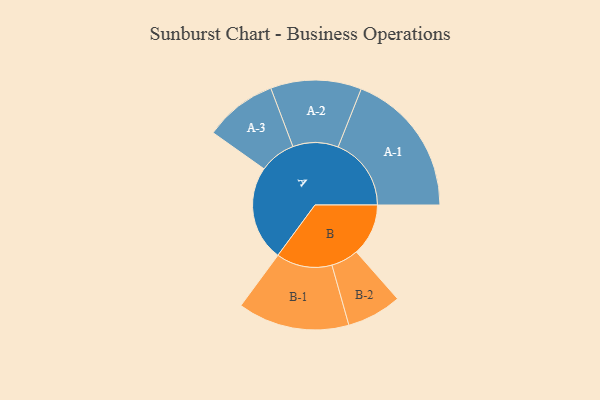
{"axis": {"x": "Segment", "y": "Value"}, "legend": ["", "A", "B"], "data": [{"x": "A", "y": 375, "type": ""}, {"x": "B", "y": 205, "type": ""}, {"x": "A-1", "y": 288, "type": "A"}, {"x": "A-2", "y": 179, "type": "A"}, {"x": "A-3", "y": 143, "type": "A"}, {"x": "B-1", "y": 220, "type": "B"}, {"x": "B-2", "y": 108, "type": "B"}]}